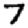
Digit: 7